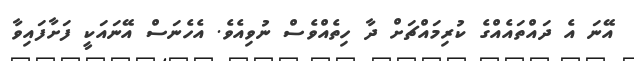
އޭނަ އެ ދައްތައެއްގެ ކުރިމައްޗަށް ދާ ހިތެއްވެސް ނުވިއެވެ. އެހެނަސް އޭނައަކީ ފަށާފައިވާ